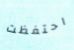
احتفظت